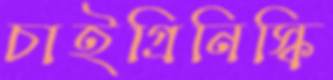
চাইগ্রিনিস্কি